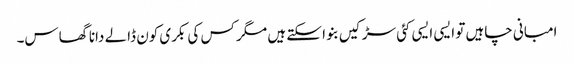
امبانی چاہیں تو ایسی ایسی کئی سڑکیں بنوا سکتے ہیں مگر کس کی بکری کون ڈالے دانا گھاس۔